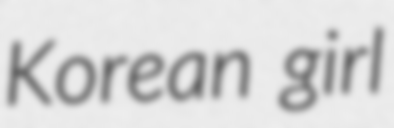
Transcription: Korean girl